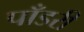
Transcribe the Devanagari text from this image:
पाँडरी